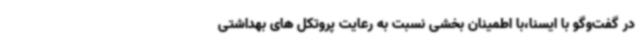
در گفت‌وگو با ایسنا،با اطمینان بخشی نسبت به رعایت پروتکل های بهداشتی